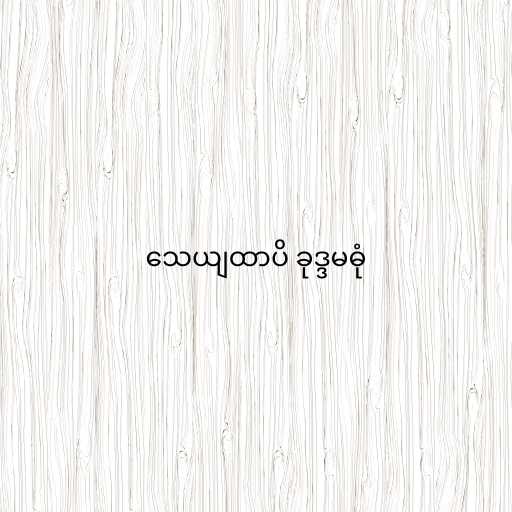
သေယျထာပိ ခုဒ္ဒမဓုံ